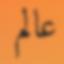
عالم